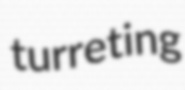
turreting